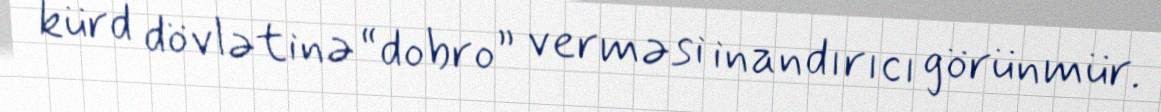
kürd dövlətinə “dobro” verməsi inandırıcı görünmür.